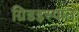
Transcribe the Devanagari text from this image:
ग्रिडइस्पात